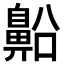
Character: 𪖝